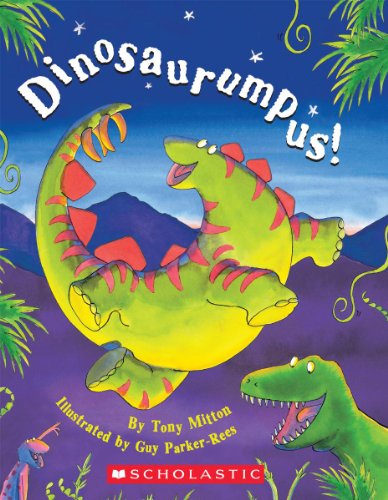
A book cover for Dinosaurumpus!; Tony Mitton; Children's Books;